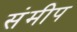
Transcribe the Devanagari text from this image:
संमीप